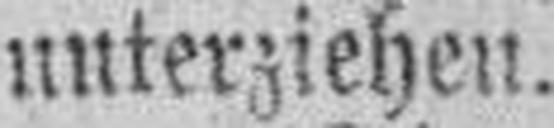
unterziehen.